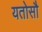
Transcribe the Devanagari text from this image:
यतोसौ